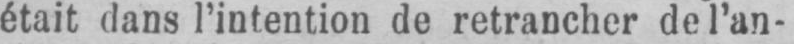
était dans l’intention de retrancher de l’an-